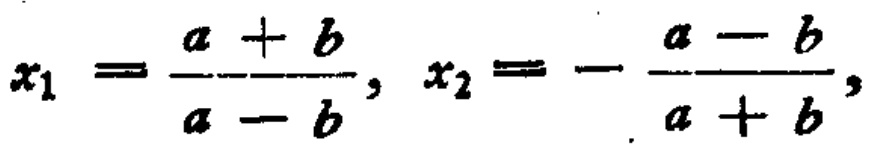
\(x_{1}=\frac{a + b}{a - b},x_{2}=-\frac{a - b}{a + b},\)